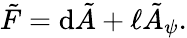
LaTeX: \tilde{F}=\mathrm{d}\tilde{A}+\ell\tilde{A}_{\psi}.